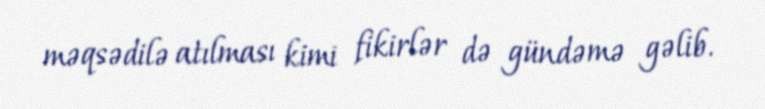
məqsədilə atılması kimi fikirlər də gündəmə gəlib.